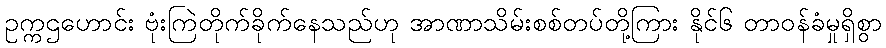
ဥက္ကဌဟောင်း ဗုံးကြဲတိုက်ခိုက်နေသည်ဟု အာဏာသိမ်းစစ်တပ်တို့ကြား နိုင်၆ တာဝန်ခံမှုရှိစွာ